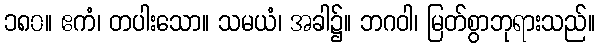
၁၈၀။ ဧကံ၊ တပါးသော။ သမယံ၊ အခါ၌။ ဘဂဝါ၊ မြတ်စွာဘုရားသည်။